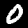
Label: 0